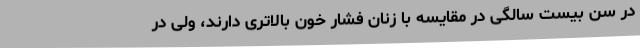
در سن بیست سالگی در مقایسه با زنان فشار خون بالاتری دارند، ولی در